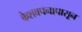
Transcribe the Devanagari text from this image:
केशवपनापासून